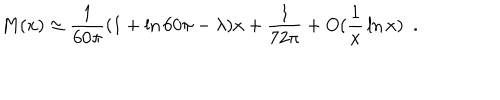
M ( x ) \simeq { \frac { 1 } { 6 0 \pi } } ( 1 + \ln 6 0 \pi - \lambda ) x + { \frac { 1 } { 7 2 \pi } } + O ( { \frac { 1 } { x } } \ln x ) ~ ~ .